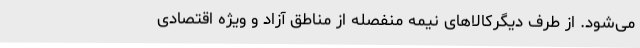
می‌شود. از طرف دیگرکالاهای نیمه منفصله از مناطق آزاد و ویژه اقتصادی